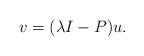
LaTeX: \begin{align*}v = (\lambda I - P) u. \end{align*}